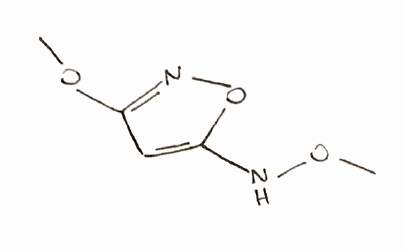
Simplified molecular-input line-entry system (SMILES) notation of the given molecule:
COC1=NOC(=C1)NOC